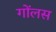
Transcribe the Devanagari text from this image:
गोंलस